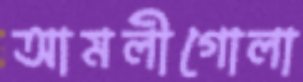
আমলীগোলা